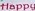
Happy